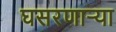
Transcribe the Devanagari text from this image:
घसरणाऱ्या